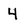
Character: 4